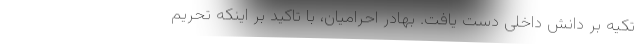
تکیه بر دانش داخلی دست یافت. بهادر احرامیان، با تاکید بر اینکه تحریم